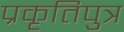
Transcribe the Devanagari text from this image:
प्रकृतिपुत्र